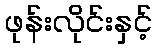
ဖုန်းလိုင်းနှင့်